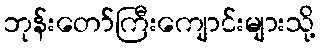
ဘုန်းတော်ကြီးကျောင်းများသို့